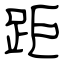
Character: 距